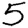
Digit: 5